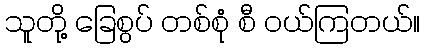
သူတို့ ခြေစွပ် တစ်စုံ စီ ဝယ်ကြတယ်။